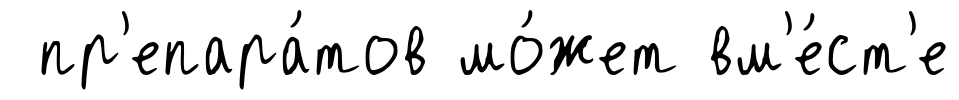
пр'епара́тов мо́жет вм'е́ст'е